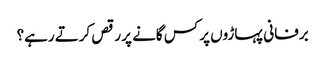
برفانی پہاڑوں پر کس گانے پر رقص کرتے رہے؟